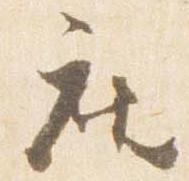
座